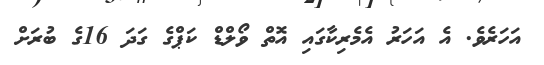
އަހަރެވެ. އެ އަހަރު އެމެރިކާގައި އޮތް ވޯލްޑް ކަޕްގެ ގަދަ 16ގެ ބުރަށް